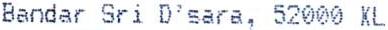
BANDAR SRI D'SARA, 52000 XL